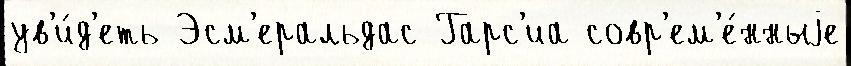
ув'и́д'еть Эсм'еральдас Гарс'иа совр'ем'е́нныjе